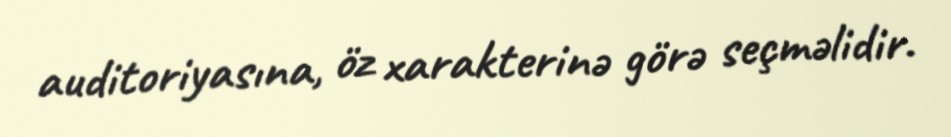
auditoriyasına, öz xarakterinə görə seçməlidir.